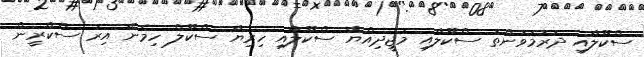
ސްކޫލާއި ދަރުމަވަންތަ ސްކޫލާއި މަޖީދިއްޔާ ސްކޫލާއި ހިރިޔާ ސްކޫލް ހިމެނޭ އިރު ސްކްރީން